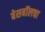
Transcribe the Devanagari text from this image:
बेसबॉलचा